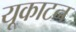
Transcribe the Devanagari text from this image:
यूकाटन